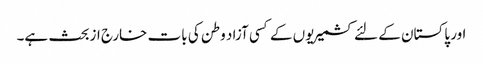
اور پاکستان کے لئے کشمیریوں کے کسی آزاد وطن کی بات خارج ازبحث ہے۔